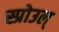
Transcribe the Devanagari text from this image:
स्प्रोउल्